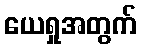
ယေရှုအတွက်